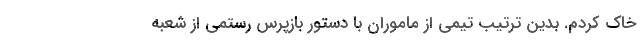
خاک کردم. بدین ترتیب تیمی از ماموران با دستور بازپرس رستمی از شعبه